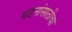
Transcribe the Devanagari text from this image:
घटनांसाठीचा